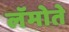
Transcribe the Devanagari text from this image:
लॅमोते